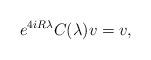
LaTeX: \begin{align*}e^{4iR\lambda}C(\lambda)v = v,\end{align*}